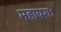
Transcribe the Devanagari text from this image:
महायशः